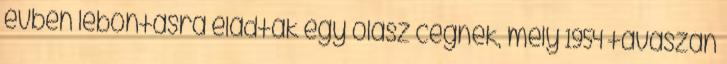
évben lebontásra eladták egy olasz cégnek, mely 1954 tavaszán